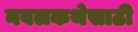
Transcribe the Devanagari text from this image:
नवलकथेसाठी